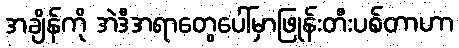
အချိန်ကို အဲဒီအရာတွေပေါ်မှာဖြုန်းတီးပစ်တာဟာ